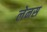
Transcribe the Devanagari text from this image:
लेनस